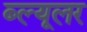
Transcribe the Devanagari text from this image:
ब्ल्यूलर